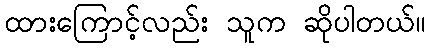
ထားကြောင့်လည်း သူက ဆိုပါတယ်။